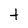
Character: t